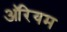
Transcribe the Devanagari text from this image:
ऑरेयम